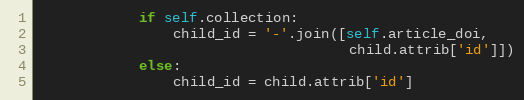
Language: Python
            if self.collection:
                child_id = '-'.join([self.article_doi,
                                     child.attrib['id']])
            else:
                child_id = child.attrib['id']